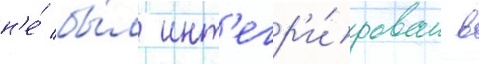
н'е́ бы́л инт'егр'и́рован в